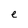
Character: e